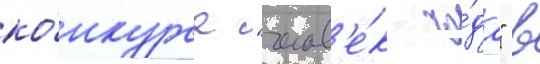
ко́нкурса "челов'е́к го́да" в